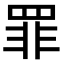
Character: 罪